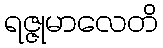
ရဇ္ဇုမာလေတိ